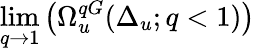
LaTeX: \operatorname*{lim}_{q\to 1}\left(\Omega_{u}^{qG}(\Delta_{u};q<1)\right)